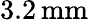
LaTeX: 3.2\, \mathrm{mm}